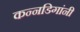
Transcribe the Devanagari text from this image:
कन्नडिगांनी